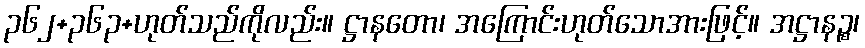
၃၆၂+၃၆၃+ဟုတ်သည်ကိုလည်း။ ဋ္ဌာနတော၊ အကြောင်းဟုတ်သောအားဖြင့်။ အဋ္ဌာနဉ္စ၊